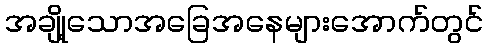
အချို့သောအခြေအနေများအောက်တွင်